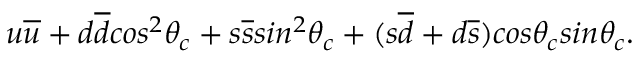
u \overline { { { u } } } + d \overline { { { d } } } c o s ^ { 2 } \theta _ { c } + s \overline { { { s } } } s i n ^ { 2 } \theta _ { c } + ( s \overline { { { d } } } + d \overline { { { s } } } ) c o s \theta _ { c } s i n \theta _ { c } .